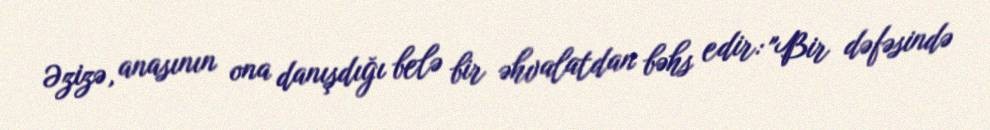
Əzizə, anasının ona danışdığı belə bir əhvalatdan bəhs edir: "Bir dəfəsində